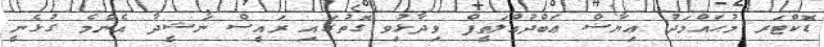
ޑޮކްޓަރ މުޙައްމަދު ޢިޔާޟް ޢަބްދުއްލަޠީފް ވިދާޅުވި ގޮތުގައި ރައީސް ނަޝީދާ އެންމެ ގުޅެނީ